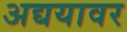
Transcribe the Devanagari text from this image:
अद्ययावर